Insane asylums in Bengal annual reports 1876-1887 - 1876-1887
Year: 1876
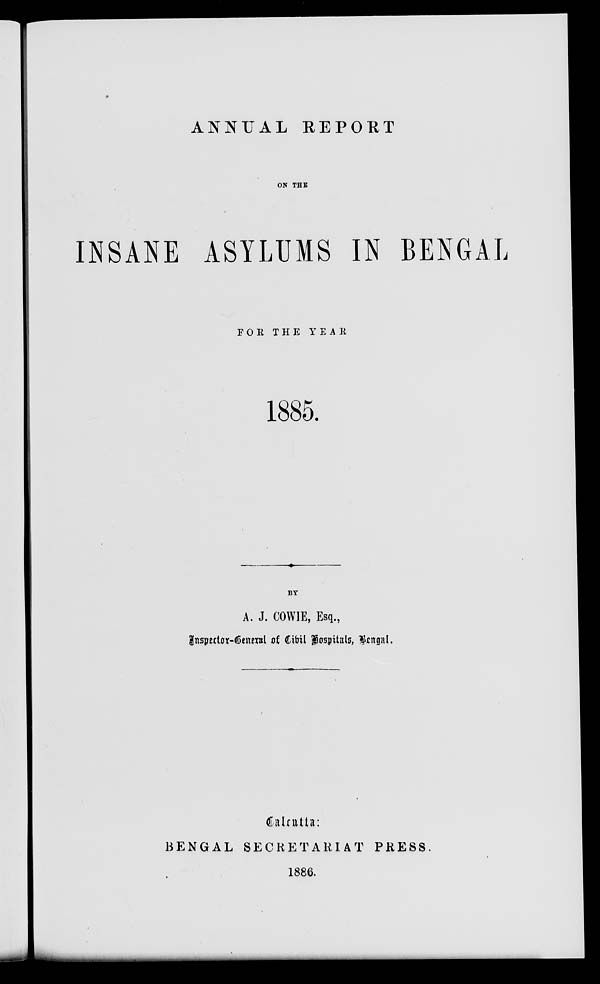
ANNUAL REPORT
ON THE
INSANE ASYLUMS IN BENGAL
FOR THE YEAR
1885.
BY
A. J. COWIE, Esq.,
Inspector-General of Civil hospitals, Bengal.
Calcutta:
BENGAL SECRETARIAT PRESS.
1886.